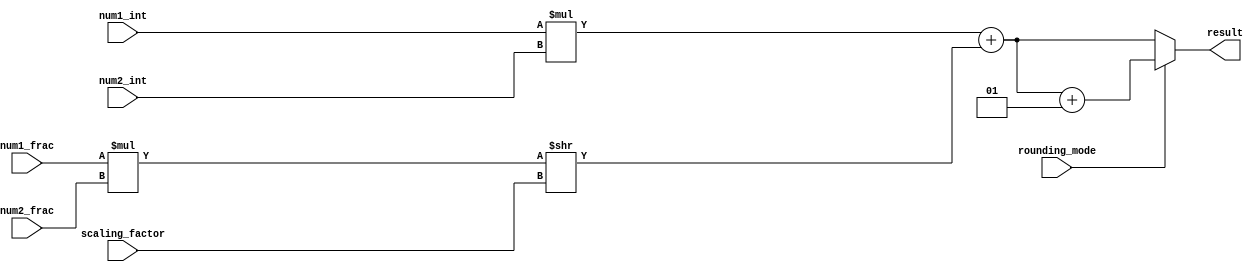
module fixed_point_multiplier (
    input wire signed [15:0] num1_int,
    input wire signed [15:0] num2_int,
    input wire signed [15:0] num1_frac,
    input wire signed [15:0] num2_frac,
    input wire [7:0] scaling_factor,
    input wire rounding_mode,
    output reg signed [31:0] result
);

reg signed [31:0] partial_product_int;
reg signed [31:0] partial_product_frac;
reg signed [31:0] final_product;

// Multiply integer parts
always @* begin
    partial_product_int = num1_int * num2_int;
end

// Multiply fractional parts and shift
always @* begin
    partial_product_frac = (num1_frac * num2_frac) >> scaling_factor;
end

// Add integer and fractional parts together
always @* begin
    final_product = partial_product_int + partial_product_frac;
end

// Handle rounding mode
always @* begin
    if (rounding_mode)
        result = final_product + 1;
    else
        result = final_product;
end

endmodule